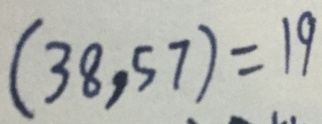
( 3 8 , 5 7 ) = 1 9